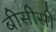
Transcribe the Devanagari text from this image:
बीसीसी